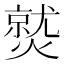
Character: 𤎼